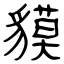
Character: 貘